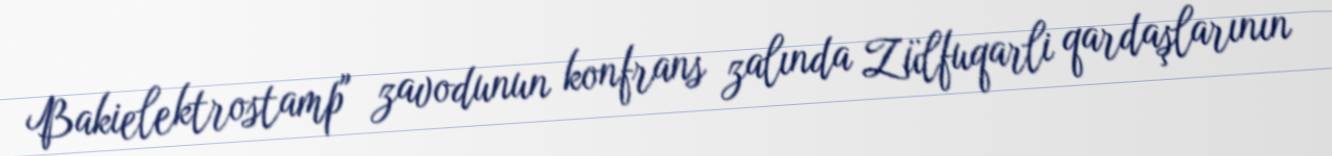
Bakielektrostamp" zavodunun konfrans zalında Zülfuqarli qardaşlarının